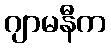
ဂျာမနီက